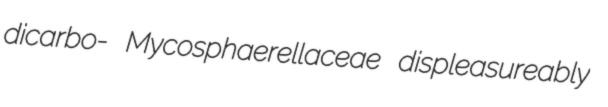
dicarbo- Mycosphaerellaceae displeasureably